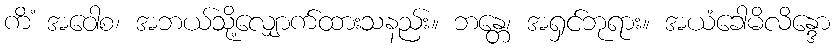
ကိံ အဝေါစ၊ အဘယ်သို့လျှောက်ထားသနည်း။ ဘန္တေ၊ အရှင်ဘုရား။ အယံခေါမိလိန္ဒော